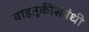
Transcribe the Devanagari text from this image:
वाहतूकीसंबंधी